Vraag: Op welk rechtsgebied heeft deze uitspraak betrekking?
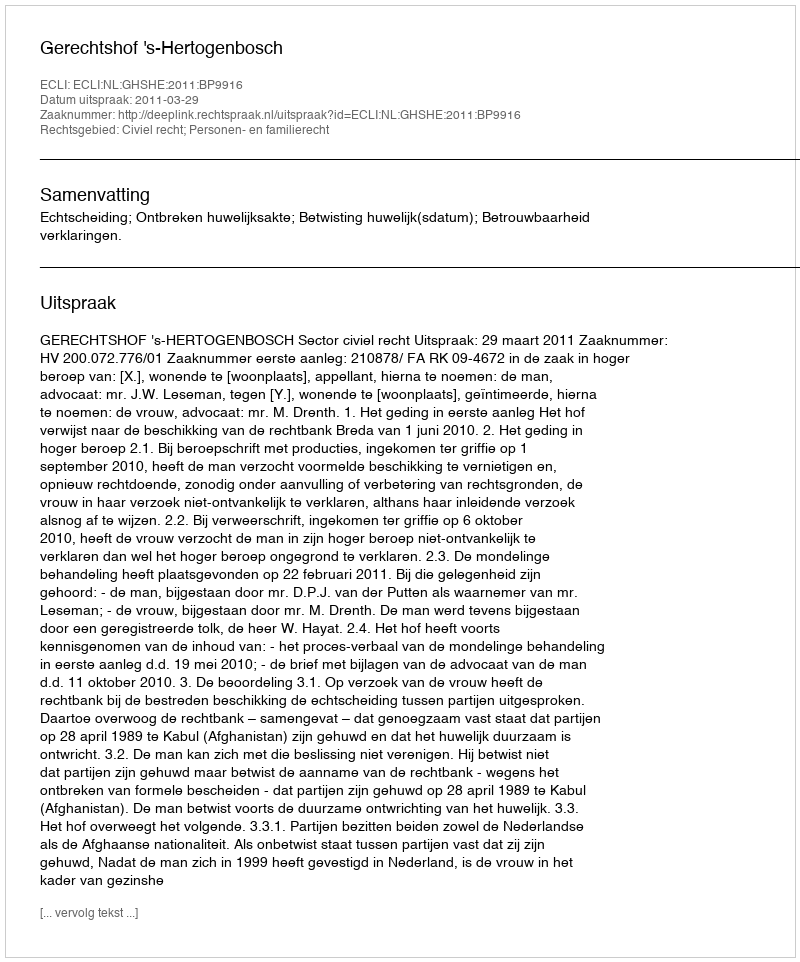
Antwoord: Civiel recht; Personen- en familierecht